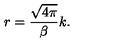
r = \frac { \sqrt { 4 \pi } } { \beta } k .